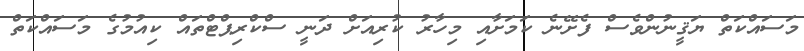
މަސައްކަތް ޔަޤީނުންވެސް ފެށޭނެ ކަމަށާއި މިހާރު ކުރިއަށް ދަނީ ސްކްރިޕްޓްތައް ކިއުމުގެ މަސައްކަތް